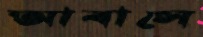
আবাসে